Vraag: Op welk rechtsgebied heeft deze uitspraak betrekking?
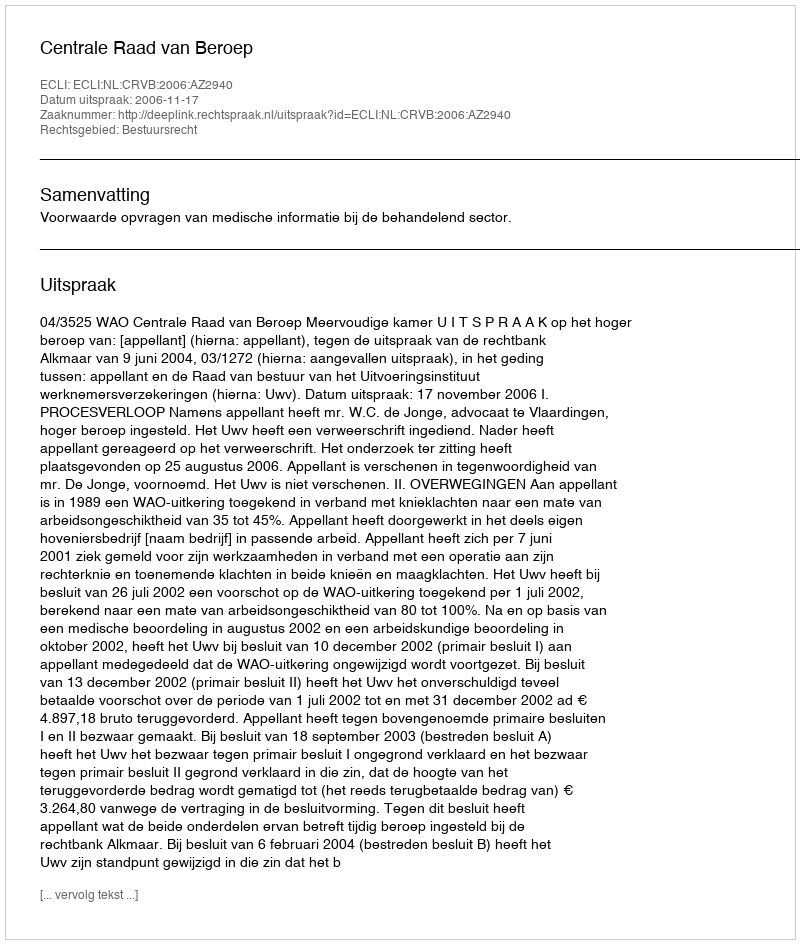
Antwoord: Bestuursrecht